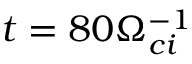
t = 8 0 \Omega _ { c i } ^ { - 1 }